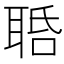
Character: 𦕾